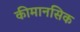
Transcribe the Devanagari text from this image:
कीमानसिक